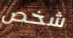
شخص